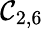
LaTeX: \mathcal{C}_{2,6}